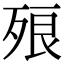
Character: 㱢